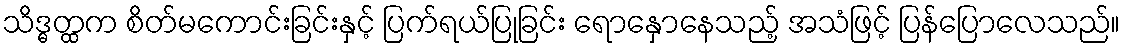
သိဒ္ဓတ္ထက စိတ်မကောင်းခြင်းနှင့် ပြက်ရယ်ပြုခြင်း ရောနှောနေသည့် အသံဖြင့် ပြန်ပြောလေသည်။